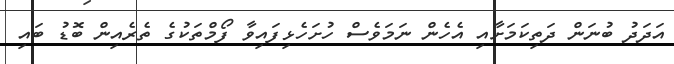
އަދަދު ބުނަން ދަތިކަމަށާއި އެހެން ނަމަވެސް ހުށަހެޅިފައިވާ ފޯމްތަކުގެ ތެރެއިން ބޮޑު ބައި